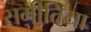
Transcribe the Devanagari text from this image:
समीतिया